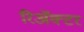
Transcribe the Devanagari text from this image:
रिअॅक्टर